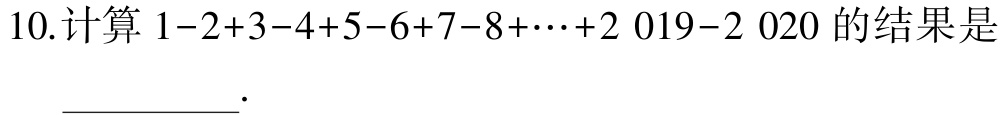
10.计算 \(1 - 2 + 3 - 4 + 5 - 6 + 7 - 8 + \cdots + 2\ 019 - 2\ 020\) 的结果是  __________.